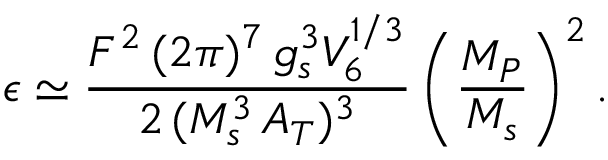
\epsilon \simeq \frac { F ^ { 2 } \, ( 2 \pi ) ^ { 7 } \, g _ { s } ^ { 3 } V _ { 6 } ^ { 1 / 3 } } { 2 \, ( M _ { s } ^ { 3 } \, A _ { T } ) ^ { 3 } } \left( \frac { M _ { P } } { M _ { s } } \right) ^ { 2 } .